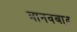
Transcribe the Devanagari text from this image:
मानवबाद